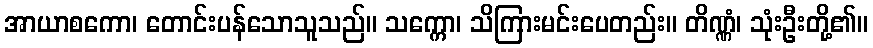
အာယာစကော၊ တောင်းပန်သောသူသည်။ သက္ကော၊ သိကြားမင်းပေတည်း။ တိဏ္ဏံ၊ သုံးဦးတို့၏။